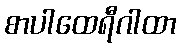
စာပါထေရီဂါထာ